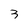
Character: 3